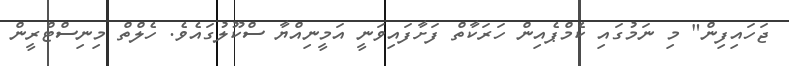
ޖަހައިފިން" މި ނަމުގައި ކެމްޕެއިން ހަރަކާތް ފަށާފައިވަނީ އަމީނިއްޔާ ސްކޫލުގައެވެ. ހެލްތް މިނިސްޓްރީން